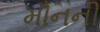
મૌનની